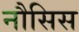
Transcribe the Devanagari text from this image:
नौसिस